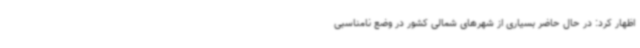
اظهار کرد: در حال حاضر بسیاری از شهرهای شمالی کشور در وضع نامناسبی